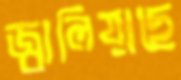
জ্বালিয়াছে